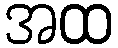
အထ